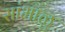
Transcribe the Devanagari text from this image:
सांभाळु